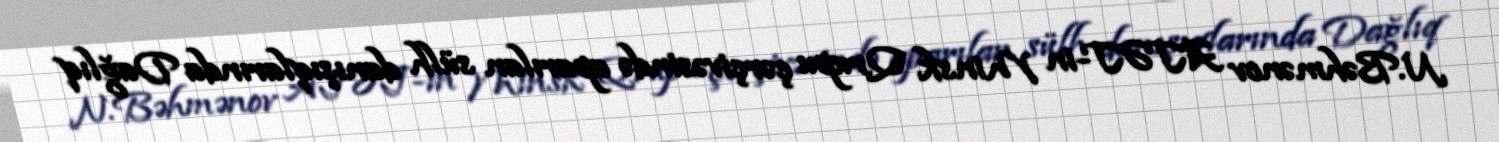
N.Bəhmənov ATƏT-in Minsk Qrupu çərçivəsində aparılan sülh danışıqlarında Dağlıq